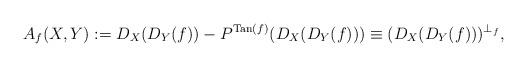
LaTeX: \begin{align*} A_f(X,Y) := D_X(D_Y(f)) - P^{\textnormal{Tan}(f)}(D_X(D_Y(f)))\equiv (D_X(D_Y(f)))^{\perp_{f}},\end{align*}